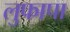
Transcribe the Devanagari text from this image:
लुफापा